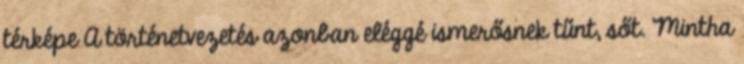
térképe A történetvezetés azonban eléggé ismerősnek tűnt, sőt. Mintha